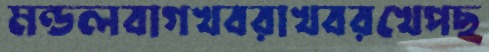
মন্ডলবাগখবরাখবরখেপছ